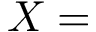
X =